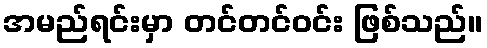
အမည်ရင်းမှာ တင်တင်ဝင်း ဖြစ်သည်။